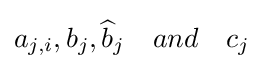
a_{j,i},b_{j},{\widehat {b}}_{j}\quad and\quad c_{j}